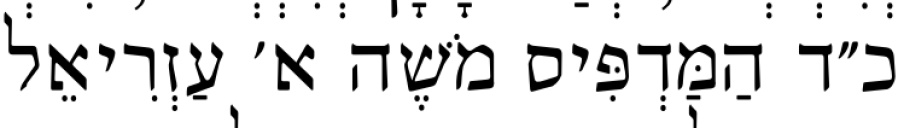
כ״ד הַמַּדְפִּיס מֹשֶׁה א׳ עַזְרִיאֵל